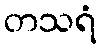
တသရံ